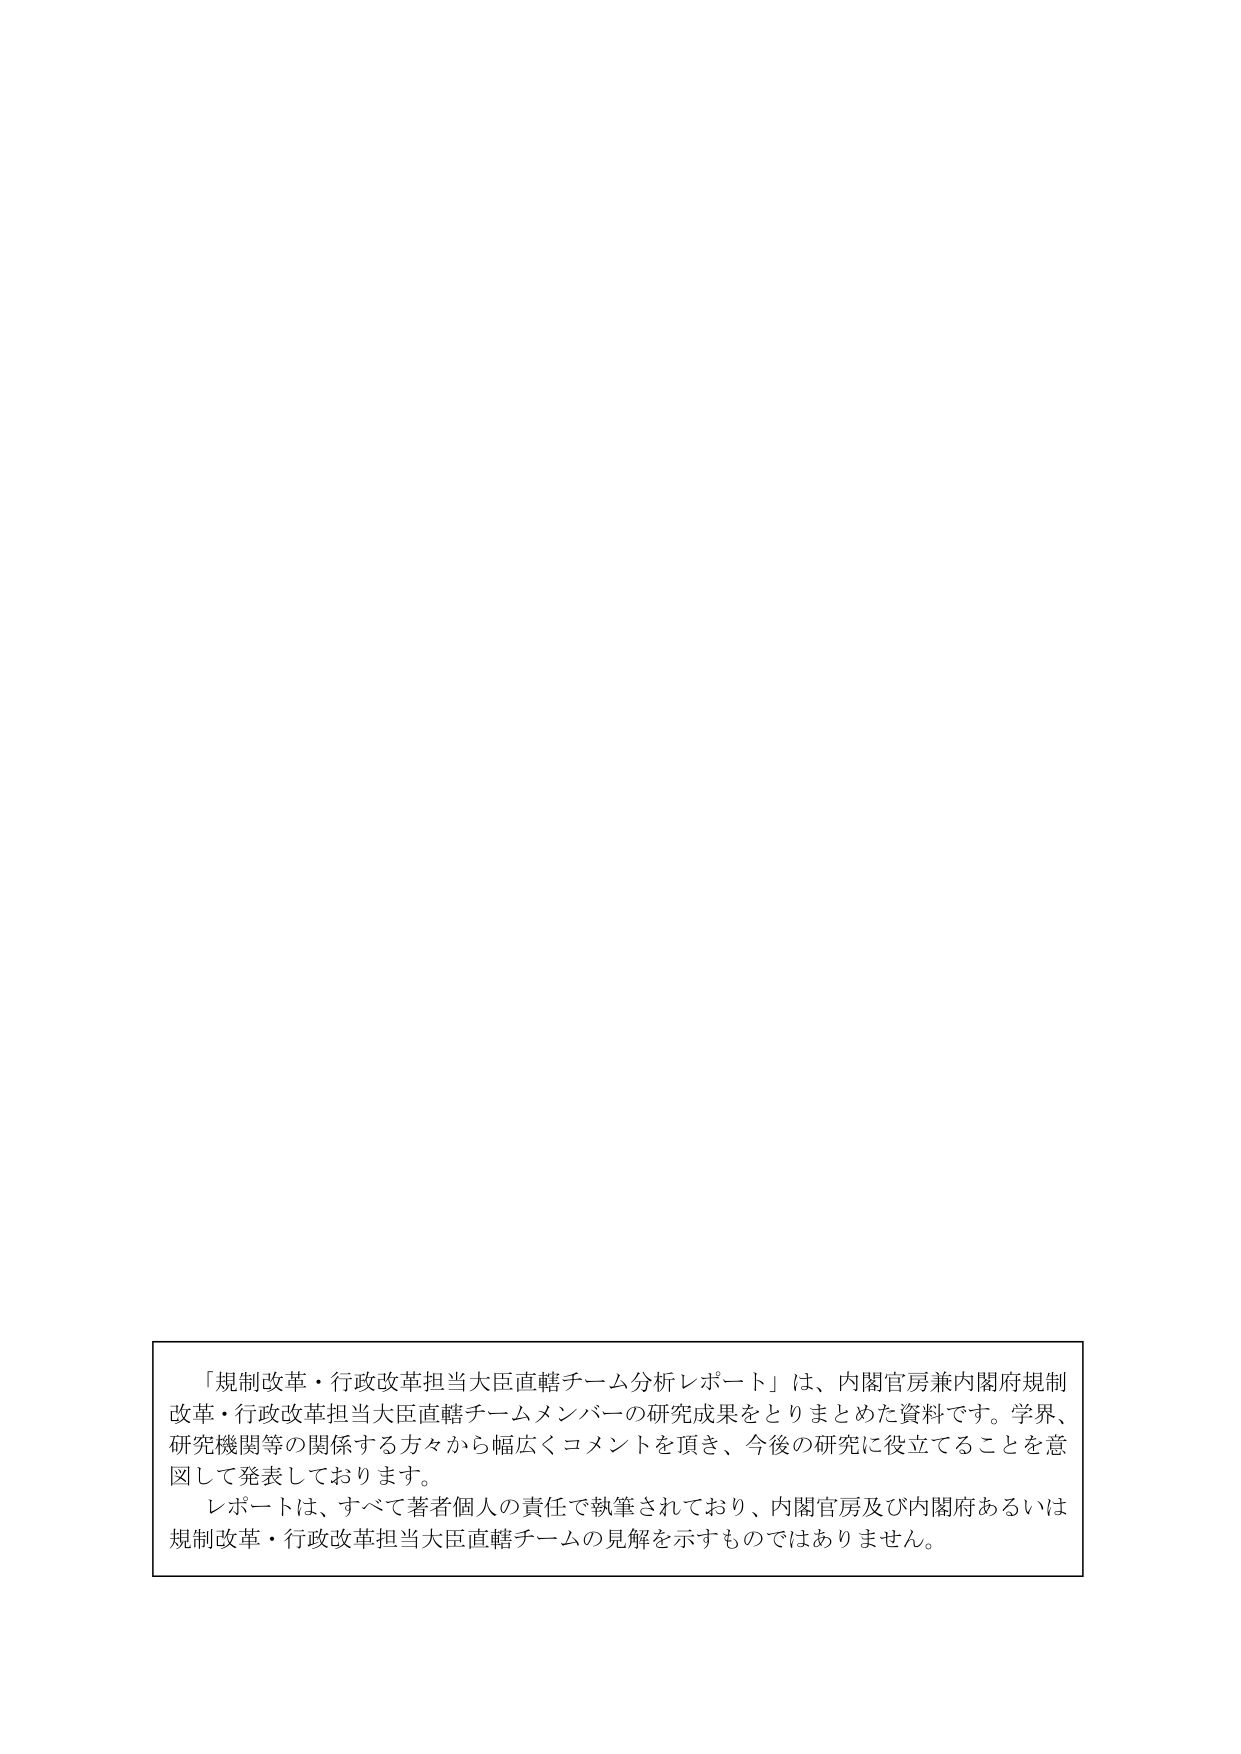
「規制改革・行政改革担当大臣直轄チーム分析レポート」は、内閣官房兼内閣府規制改革・行政改革担当大臣直轄チームメンバーの研究成果をとりまとめた資料です。学界、研究機関等の関係する方々から幅広くコメントを頂き、今後の研究に役立てることを意図して発表しております。

レポートは、すべて著者個人の責任で執筆されており、内閣官房及び内閣府あるいは規制改革・行政改革担当大臣直轄チームの見解を示すものではありません。